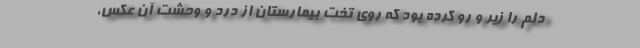
دلم را زیر و رو کرده بود که روی تخت بیمارستان از درد و وحشت آن عکس،